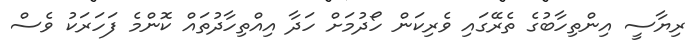
ރިޔާސީ އިންތިހާބުގެ ތެރޭގައި ވެރިކަން ހޯދުމަށް ހަދާ އިއްތިހާދުތައް ކޮންމެ ފަހަރަކު ވެސް